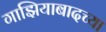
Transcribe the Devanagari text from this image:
गाझियाबादच्या